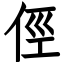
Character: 俓